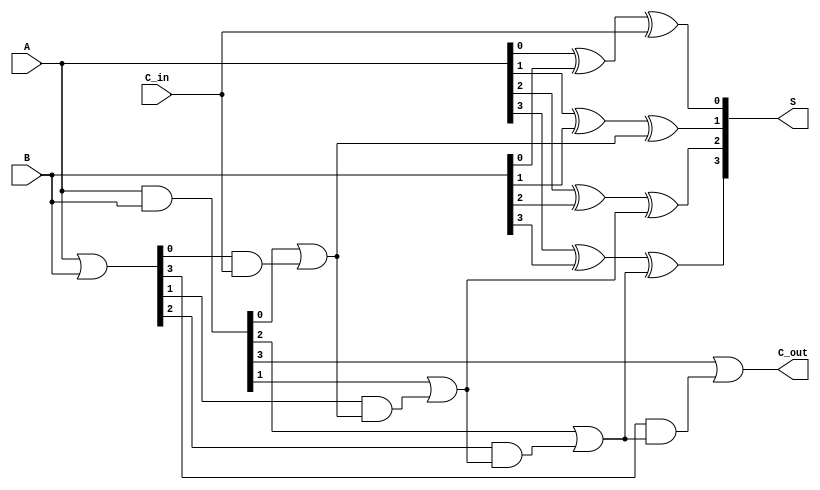
module han_carlson_adder #(parameter N = 4) (
    input  [N-1:0] A,         // First n-bit number
    input  [N-1:0] B,         // Second n-bit number
    input         C_in,       // Input carry
    output [N-1:0] S,         // n-bit sum
    output        C_out        // Output carry
);

    wire [N-1:0] G;           // Generate signals
    wire [N-1:0] P;           // Propagate signals
    wire [N-1:0] C;           // Carry signals

    // Generate and propagate logic
    assign G = A & B;         // Generate
    assign P = A | B;         // Propagate

    // Carry signals computation
    assign C[0] = G[0] | (P[0] & C_in);
    genvar i;
    generate
        for (i = 1; i < N; i = i + 1) begin : carry_generation
            assign C[i] = G[i] | (P[i] & C[i-1]);
        end
    endgenerate

    // Sum calculation
    assign S[0] = A[0] ^ B[0] ^ C_in;                   // S[0]
    generate
        for (i = 1; i < N; i = i + 1) begin : sum_calculation
            assign S[i] = A[i] ^ B[i] ^ C[i-1];         // S[i]
        end
    endgenerate

    // Output carry
    assign C_out = C[N-1];

endmodule